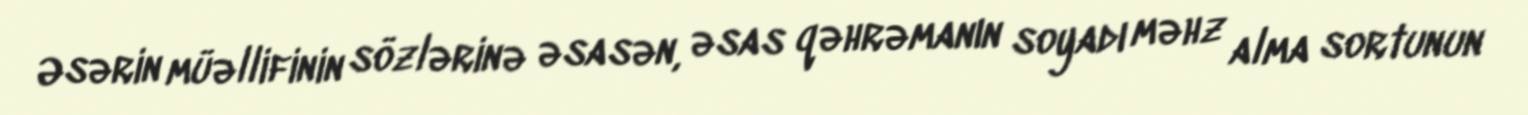
Əsərin müəllifinin sözlərinə əsasən, əsas qəhrəmanın soyadı məhz alma sortunun